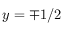
y = \mp 1 / 2